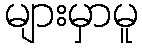
များမှာမူ